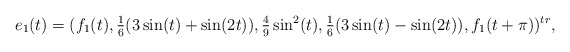
\begin{align*}e_1(t) = (f_1(t),\tfrac{1}{6}(3\sin(t)+\sin(2 t)), \tfrac{4}{9}\sin^2(t),\tfrac{1}{6}(3\sin(t) -\sin(2t)),f_1(t+\pi))^{tr},\end{align*}